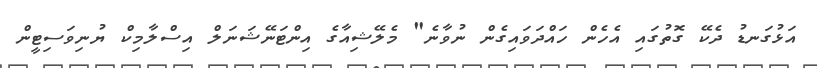
އަޅުގަނޑު ދެކޭ ގޮތުގައި އެހެން ހައްދަވައިގެން ނުވާނެ" މެލޭޝިއާގެ އިންޓަނޭޝަނަލް އިސްލާމިކް ޔުނިވަސިޓީން